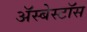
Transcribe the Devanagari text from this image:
ॲस्बेस्टॉस